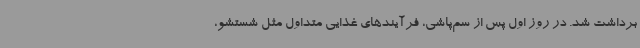
برداشت شد. در روز اول پس از سم‌پاشی، فرآیندهای غذایی متداول مثل شستشو،